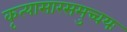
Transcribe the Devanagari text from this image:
कृत्यासारसमुच्चयः